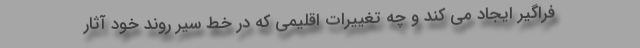
فراگیر ایجاد می کند و چه تغییرات اقلیمی که در خط سیر روند خود آثار